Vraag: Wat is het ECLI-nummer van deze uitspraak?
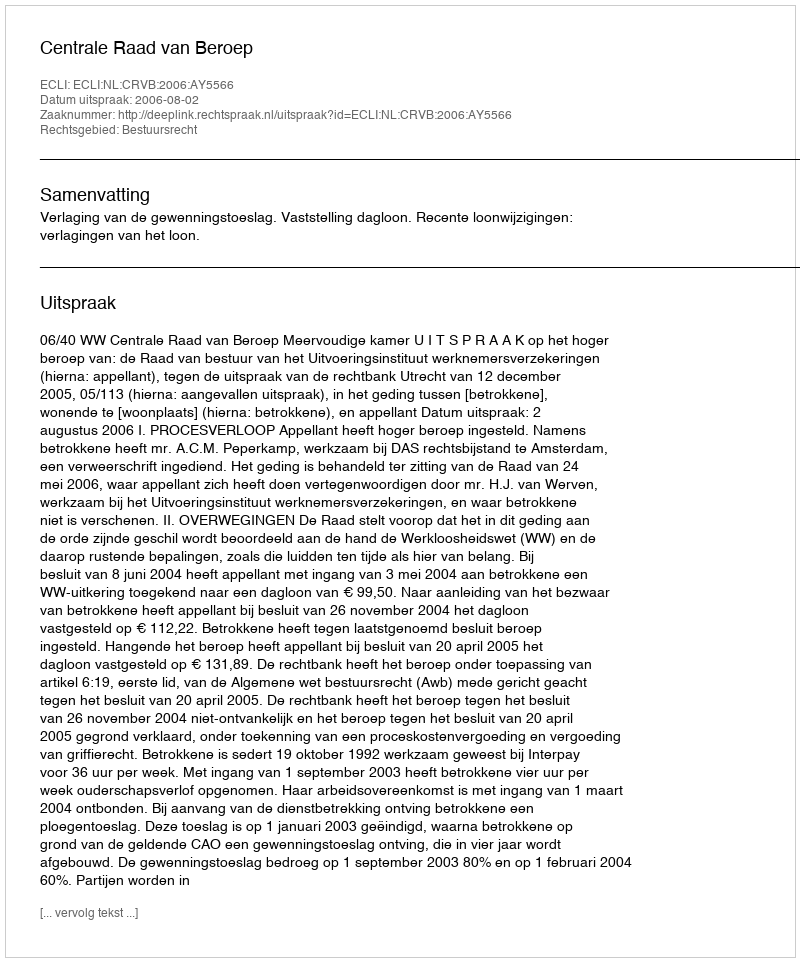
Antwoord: ECLI:NL:CRVB:2006:AY5566